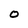
Character: 0